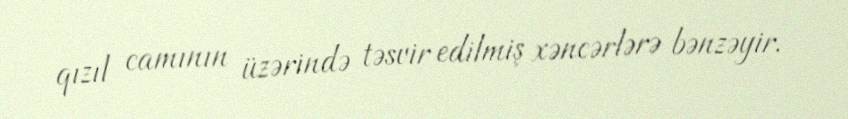
qızıl camının üzərində təsvir edilmiş xəncərlərə bənzəyir.